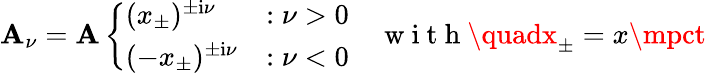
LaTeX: \mathbf{A}_{\nu}={\cal\mathbf{A}}\left\{ \begin{array}{ll}{(x_{\pm})^{\pm\mathrm{i}\nu}}&{:\nu>0}\\ {(-x_{\pm})^{\pm\mathrm{i}\nu}}&{:\nu<0}\end{array}\right.\quad\mathrm{{~w~i~t~h~}}\quadx_{\pm}=x\mpct